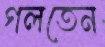
গলতেন